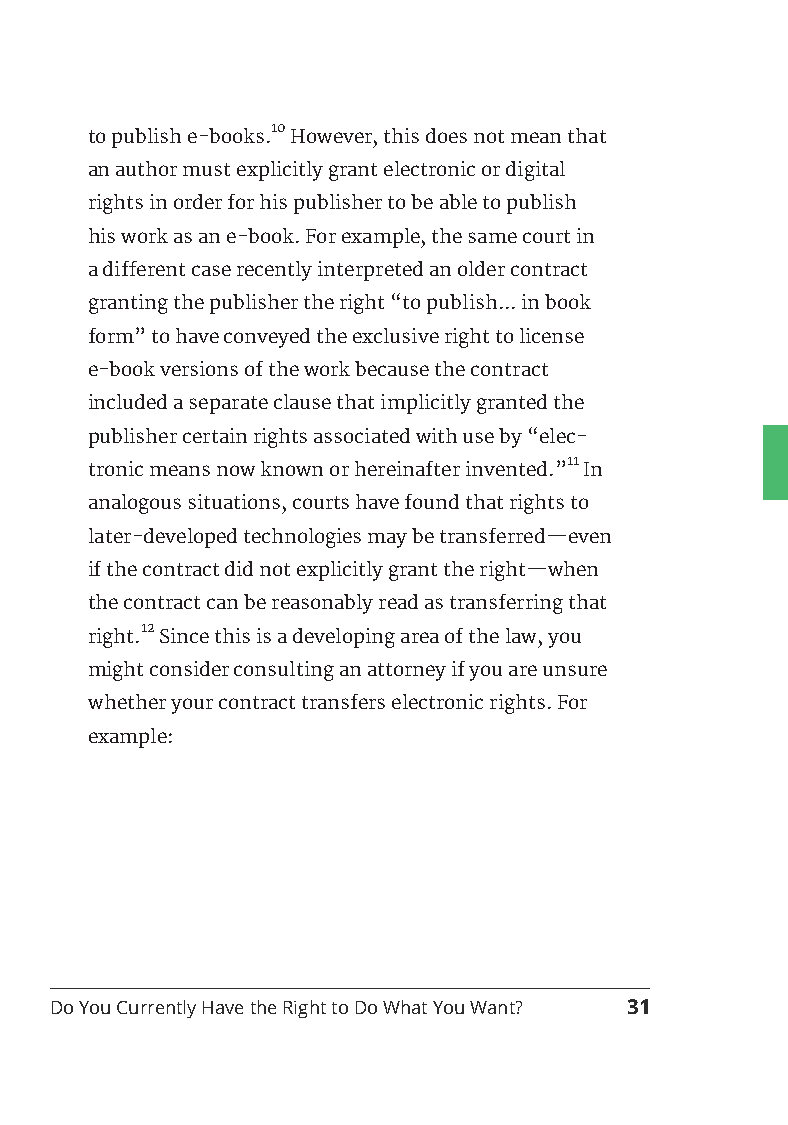
10
 to publish e-books. However, this does not mean that
 an author must explicitly grant electronic or digital
 rights in order for his publisher to be able to publish
 his work as an e-book. For example, the same court in
 a different case recently interpreted an older contract
 granting the publisher the right “to publish... in book
 form” to have conveyed the exclusive right to license
 e-book versions of the work because the contract
 included a separate clause that implicitly granted the
 publisher certain rights associated with use by “elec-
 11
 tronic means now known or hereinafter invented.” In
 analogous situations, courts have found that rights to
 later-developed technologies may be transferred—even
 if the contract did not explicitly grant the right—when
 the contract can be reasonably read as transferring that
 12
 right. Since this is a developing area of the law, you
 might consider consulting an attorney if you are unsure
 whether your contract transfers electronic rights. For
 example:
 Do You Currently Have the Right to Do What You Want? 31